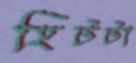
হিটটা